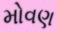
મોવણ